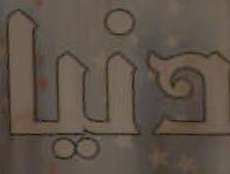
دنيا